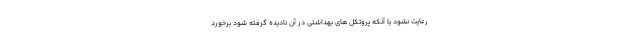
رعایت نشود یا آنکه پروتکل های بهداشتی در آن نادیده گرفته شود برخورد